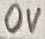
Text: 0V